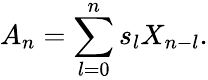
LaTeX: A_{n}=\sum_{l=0}^{n}s_{l}X_{n-l}.